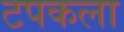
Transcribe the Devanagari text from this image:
टपकला